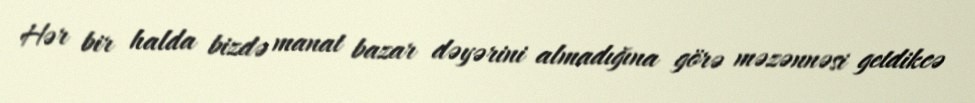
Hər bir halda bizdə manat bazar dəyərini almadığına görə məzənnəsi getdikcə